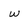
Character: w